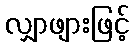
လျှာဖျားဖြင့်